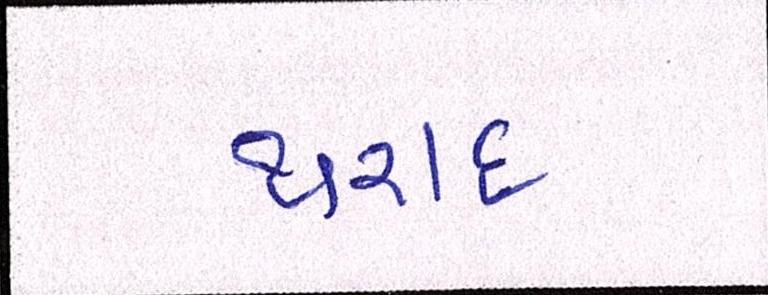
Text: થરાદ